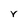
Character: Y